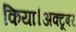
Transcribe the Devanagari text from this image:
किया।अक्टूबर